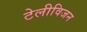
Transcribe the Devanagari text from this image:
टेलीविजन